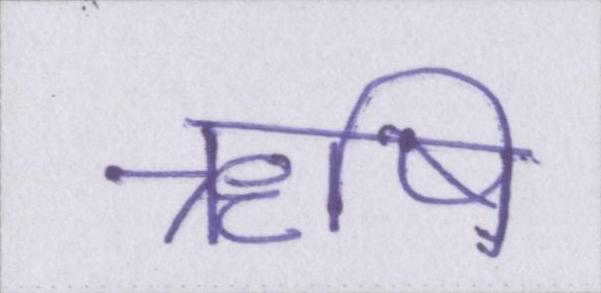
ॠषि